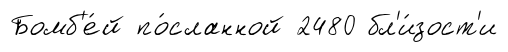
Бомб'е́й по́сланной 2480 бл'и́зост'и